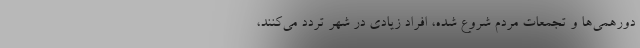
دورهمی‌ها و تجمعات مردم شروع شده، افراد زیادی در شهر تردد می‌کنند،